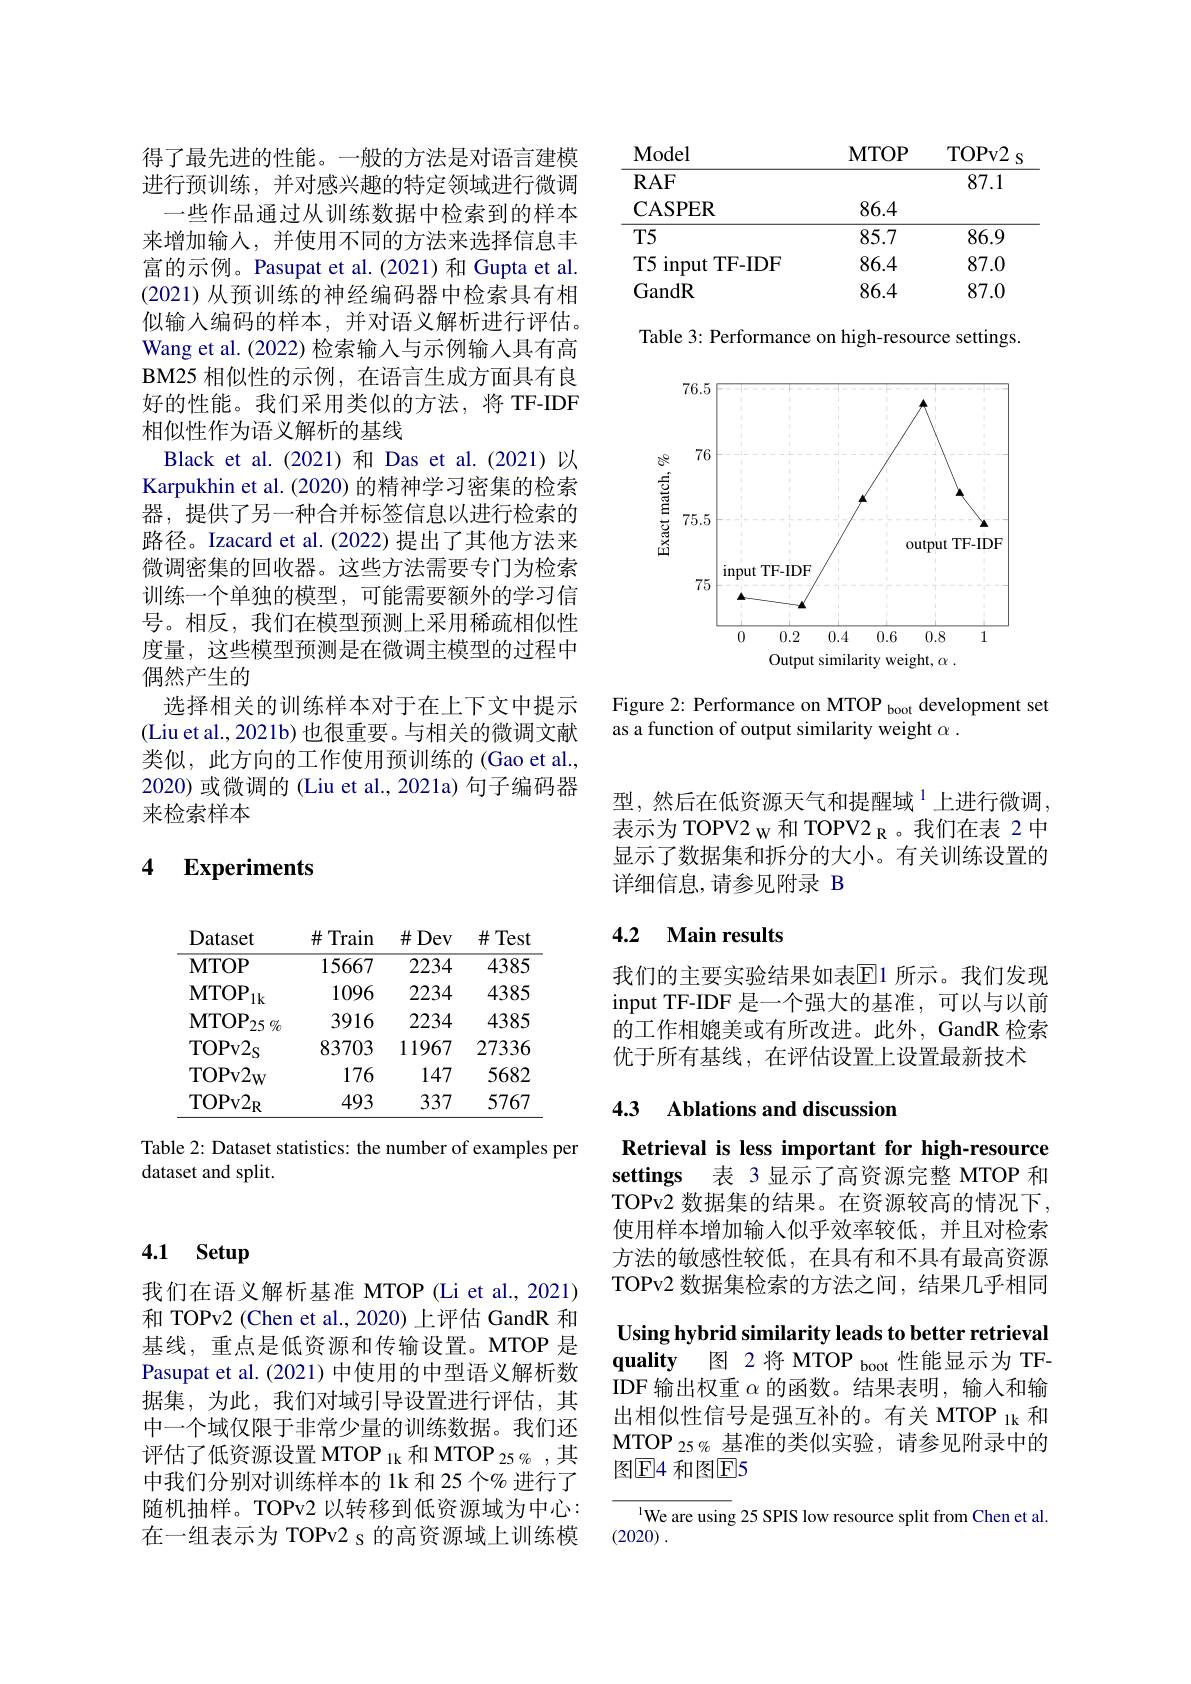
得了最先进的性能。一般的方法是对语言建模进行预训练，并对感兴趣的特定领域进行微调一些作品通过从训练数据中检索到的样本来增加输入，并使用不同的方法来选择信息丰富的示例。Pasupat et al.(2021)和 Gupta et al. (2021)从预训练的神经编码器中检索具有相似输入编码的样本，并对语义解析进行评估。Wang et al. (2022) 检索输入与示例输入具有高BM25 相似性的示例，在语言生成方面具有良好的性能。我们采用类似的方法，将 TF-IDF 相似性作为语义解析的基线
Black et al.(2021)和 Das et al.(2021)以Karpukhin et al. (2020) 的精神学习密集的检索器，提供了另一种合并标签信息以进行检索的路径。Izacard et al.(2022)提出了其他方法来微调密集的回收器。这些方法需要专门为检索训练一个单独的模型，可能需要额外的学习信号。相反，我们在模型预测上采用稀疏相似性度量，这些模型预测是在微调主模型的过程中偶然产生的
选择相关的训练样本对于在上下文中提示(Liu et al., 2021b) 也很重要。与相关的微调文献类似，此方向的工作使用预训练的(Gao et al., 2020) 或微调的 (Liu et al., 2021a) 句子编码器来检索样本

4 $\textbf{Experiments}$

<table>
	<tbody>
		<tr>
			<th>Dataset</th>
			<th>$\#$ Train</th>
			<th>$\#$Dev</th>
			<th>$\#$Test</th>
		</tr>
		<tr>
			<td>$\mathbf{MTOP}$</td>
			<td>15667</td>
			<td>2234</td>
			<td>4385</td>
		</tr>
		<tr>
			<td>$\mathbf{MTOP}$ $1k$</td>
			<td>1096</td>
			<td>2234</td>
			<td>4385</td>
		</tr>
		<tr>
			<td>$\mathbf{MTOP}$ $25\%$</td>
			<td>3916</td>
			<td>2234</td>
			<td>4385</td>
		</tr>
		<tr>
			<td>$\textbf{II V}$ $^{\bullet}\angle D\%$ 4 - TOPV2s</td>
			<td>${\boldsymbol{\psi}}/{\boldsymbol{l}}$ 83703</td>
			<td>$\angle ADD$</td>
			<td>$\psi\psi$ 74</td>
		</tr>
		<tr>
			<td>一心 $\mathrm{TOPv2}_{\mathrm{W}}$</td>
			<td>176</td>
			<td>147</td>
			<td>5682</td>
		</tr>
		<tr>
			<td>$\mathrm{TOPV2}_{\mathrm{R}}$</td>
			<td>493</td>
			<td>337</td>
			<td>5767</td>
		</tr>
	</tbody>
</table>

Table 2: Dataset statistics: the number of examples per
dataset and split.

## 4.1 Setup

我们在语义解析基准 MTOP (Li et al., 2021) 和 TOPv2 (Chen et al., 2020) 上评估 GandR 和基线，重点是低资源和传输设置。MTOP 是Pasupat et al. (2021) 中使用的中型语义解析数据集，为此，我们对域引导设置进行评估，其中一个域仅限于非常少量的训练数据。我们还评估了低资源设置 MTOP $_{1\mathrm{k}}$和 MTOP 25 $_{6}$ ,其中我们分别对训练样本的 1k 和 25 个% 进行了随机抽样。TOPv2 以转移到低资源域为中心： 在一组表示为 TOPv2 s 的高资源域上训练模

型，然后在低资源天气和提醒域$^{1}$上进行微调， 表示为 TOPV2 w 和 TOPV2 R 。我们在表 2 中显示了数据集和拆分的大小。有关训练设置的详细信息，请参见附录 B

## 4.2 $\textbf{Main results}$

我们的主要实验结果如表$\operatorname{E}$1 所示。我们发现input TF-IDF 是一个强大的基准，可以与以前的工作相媲美或有所改进。此外，GandR 检索优于所有基线，在评估设置上设置最新技术

### 4.3 Ablations and discussion

Retrieval is less important for high-resource settings 表 3显示了高资源完整 MTOP 和TOPv2 数据集的结果。在资源较高的情况下， 使用样本增加输人似乎效率较低，并且对检索方法的敏感性较低，在具有和不具有最高资源TOPv2 数据集检索的方法之间，结果几乎相同Using hybrid similarity leads to better retrieval quality 图 2 将 MTOP boot 性能显示为 TFIDF 输出权重$\alpha$的函数。结果表明，输入和输出相似性信号是强互补的。有关 MTOP $_{1\mathrm{k}}$和MTOP $_{25\%}$基准的类似实验，请参见附录中的图$\textcircled{\mathrm{F}}4$ 和图$\textcircled{\mathrm{F}}5$

$^{\text{l}}$We are using 25 SPIS low resource split from Chen et al.
(2020) .

<table>
	<tbody>
		<tr>
			<th>$\mathbf{Model}$</th>
			<th>$\mathbf{MTOP}$</th>
			<th>TOPv2</th>
		</tr>
		<tr>
			<td>$\mathbf{CASPER}$</td>
			<td>86.4</td>
			<td> </td>
		</tr>
		<tr>
			<td>$T5$</td>
			<td>85.7</td>
			<td>86.9</td>
		</tr>
		<tr>
			<td>$T5$ TF- IDF 1 input</td>
			<td>86.4</td>
			<td>87.0</td>
		</tr>
		<tr>
			<td>GandR</td>
			<td>86.4</td>
			<td>87.0</td>
		</tr>
	</tbody>
</table>

Table 3: Performance on high-resource settings.

<FigureHere>

Figure 2: Performance on MTOP boot development set
as a function of output similarity weight $\alpha.$